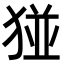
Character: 𪻁